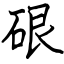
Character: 硍